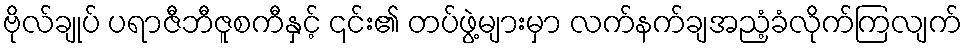
ဗိုလ်ချုပ် ပရာဇီဘီဇူစကီနှင့် ၎င်း၏ တပ်ဖွဲ့များမှာ လက်နက်ချအညံ့ခံလိုက်ကြလျက်